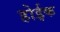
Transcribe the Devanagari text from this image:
होईक